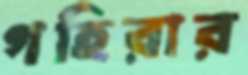
গহিরার